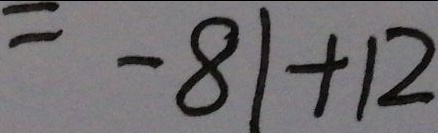
= - 8 1 + 1 2